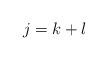
LaTeX: \begin{align*}j=k+l \end{align*}